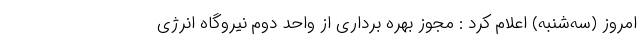
امروز (سه‌شنبه) اعلام کرد : مجوز بهره برداری از واحد دوم نیروگاه انرژی